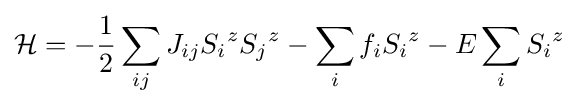
{\mathcal {H}}=-{\frac {1}{2}}\sum _{ij}{J_{ij}}{S_{i}}^{z}{S_{j}}^{z}-\sum _{i}{f_{i}}{S_{i}}^{z}-E\sum _{i}{S_{i}}^{z}